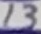
Text: 13